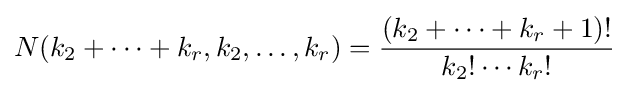
N(k_{2}+\cdots +k_{r},k_{2},\ldots ,k_{r})={\frac {(k_{2}+\cdots +k_{r}+1)!}{k_{2}!\cdots k_{r}!}}